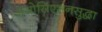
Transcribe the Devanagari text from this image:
असोसिएशनसुद्धा